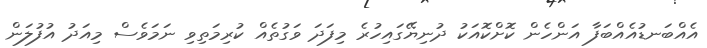
އެއްބަނޑުއެއްބަފާ އަންހެން ކޮށްކޮއަކު ދުނިޔޭގައިހުރެ މިފަދަ ވަގުތެއް ކުރިމަތިވި ނަމަވެސް މިއަދު އުފުލަން